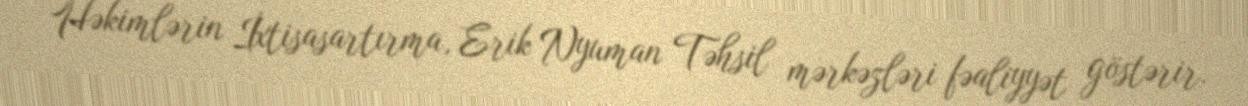
Həkimlərin İxtisasartırma, Erik Nyuman Təhsil mərkəzləri fəaliyyət göstərir.